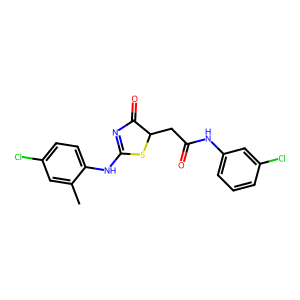
SMILES: Cc1cc(Cl)ccc1NC1=NC(=O)C(CC(=O)Nc2cccc(Cl)c2)S1
Inhibits HIV replication: No